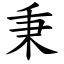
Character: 秉